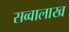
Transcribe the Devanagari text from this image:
सव्वालाख